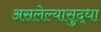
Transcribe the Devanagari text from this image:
असलेल्यासुद्धा